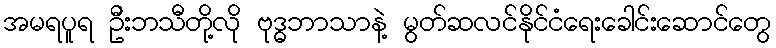
အမရပူရ ဦးဘသီတို့လို ဗုဒ္ဓဘာသာနဲ့ မွတ်ဆလင်နိုင်ငံရေးခေါင်းဆောင်တွေ